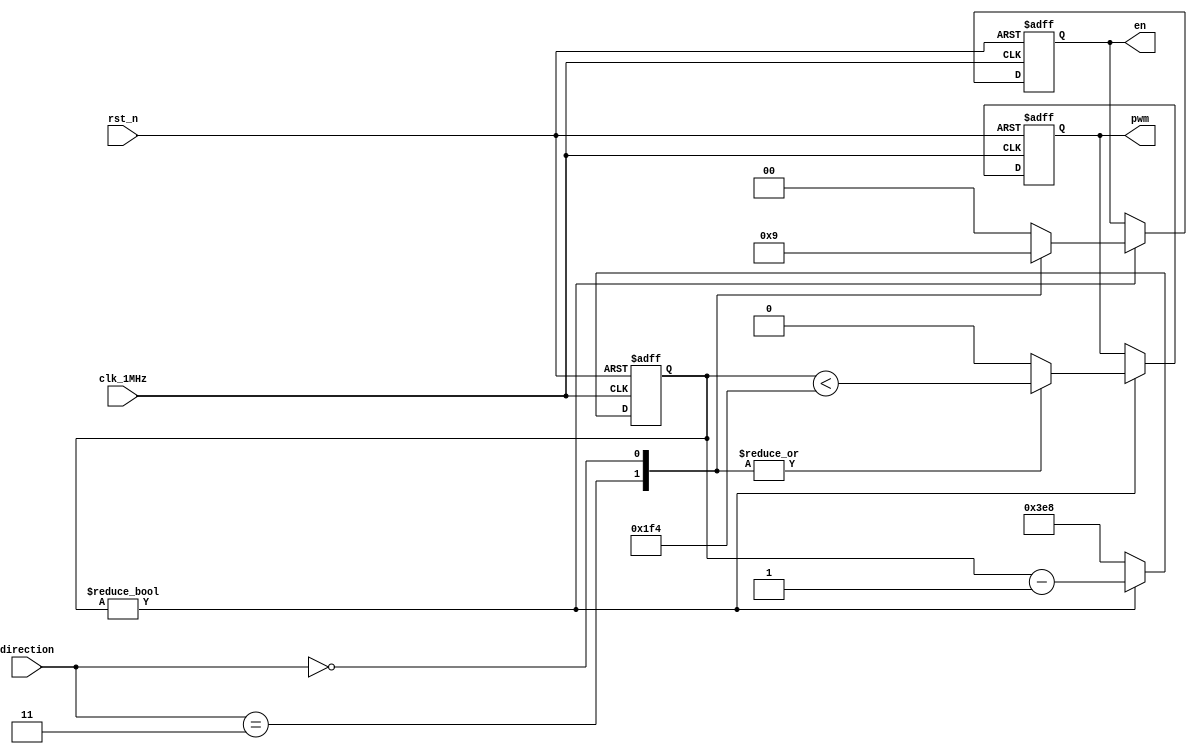
`timescale 1us / 1us

module MOTOR (
    input clk_1MHz,
    input rst_n,
    input [1:0] direction,
    output reg[1:0] en,
    output reg pwm
);
    localparam [9:0] max_cnt = 10'd1000;
    reg[9:0] clk_cnt = max_cnt;
    reg[9:0] pwm_cnt = 10'd500;
    always @(posedge clk_1MHz or negedge rst_n)
        if (!rst_n) begin
            clk_cnt <= max_cnt;
            en <= 2'b00; pwm <= 1'b0;
        end else if (clk_cnt) begin
            clk_cnt <= clk_cnt - 1'd1;
            case (direction)
            2'b11: begin en <= 2'b10; pwm <= clk_cnt < pwm_cnt; end // forward
            2'b00: begin en <= 2'b01; pwm <= clk_cnt < pwm_cnt; end // backward
            default: begin en <= 2'b00; pwm <= 1'b0; end // halt
            endcase
        end else clk_cnt <= max_cnt;
endmodule